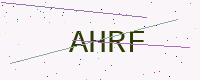
Text: AHRF